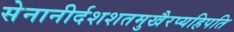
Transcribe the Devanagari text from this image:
सेनानीर्दशशतमुखैरप्यहिपति